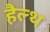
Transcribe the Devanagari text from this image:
हैल्‍थ